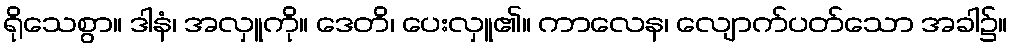
ရိုသေစွာ။ ဒါနံ၊ အလှူကို။ ဒေတိ၊ ပေးလှူ၏။ ကာလေန၊ လျောက်ပတ်သော အခါ၌။